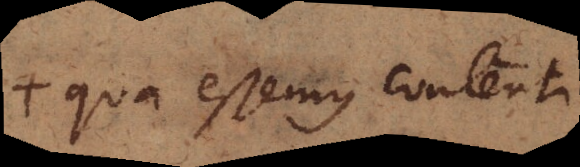
+ qua essemus contenti